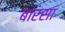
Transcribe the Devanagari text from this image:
बारसा